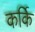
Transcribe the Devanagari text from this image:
कर्कि